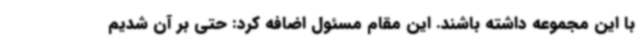
با این مجموعه داشته باشند. این مقام مسئول اضافه کرد: حتی بر آن شدیم